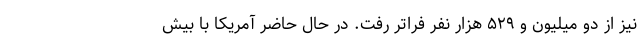
نیز از دو میلیون و ۵۲۹ هزار نفر فراتر رفت. در حال حاضر آمریکا با بیش